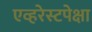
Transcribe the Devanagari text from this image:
एव्हरेस्टपेक्षा